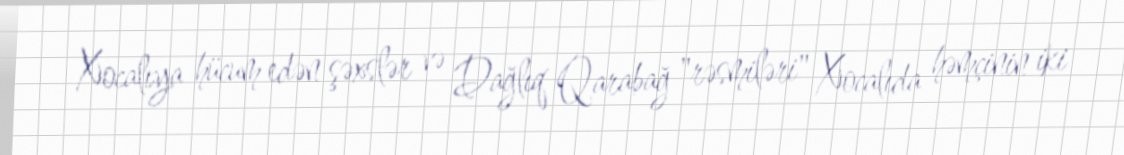
Xocalıya hücum edən şəxslər və Dağlıq Qarabağ "rəsmiləri" Xocalıda həmçinin iki